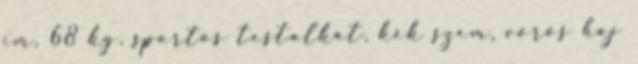
cm, 68 kg, sportos testalkat, kék szem, vörös haj